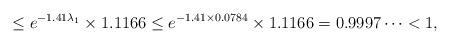
LaTeX: \begin{align*}\leq e^{-1.41 \lambda_1} \times 1.1166 \leq e^{-1.41 \times 0.0784} \times 1.1166 = 0.9997\dots < 1,\end{align*}